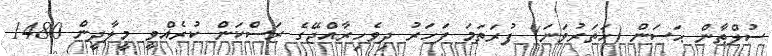
ސުލްޠާން ޙަސަން (ހަތަރުވަނަ) ފުރަތަމަ ފަހަރު ދިވެހިރާއްޖޭގެ ރަސްކަން ކުރެއްވީ މީލާދީން 1480